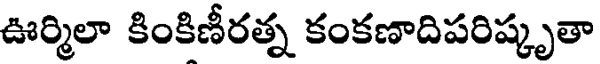
ఊర్మిలా కింకిణీరత్న కంకణాదిపరిష్కృతా